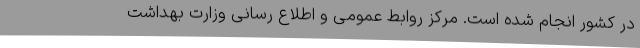
در کشور انجام شده است. مرکز روابط عمومی و اطلاع رسانی وزارت بهداشت